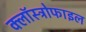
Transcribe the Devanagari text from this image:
क्लॉस्ट्रोफाइल